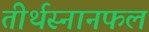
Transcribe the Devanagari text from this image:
तीर्थस्नानफलं